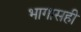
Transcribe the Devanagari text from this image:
भागासही